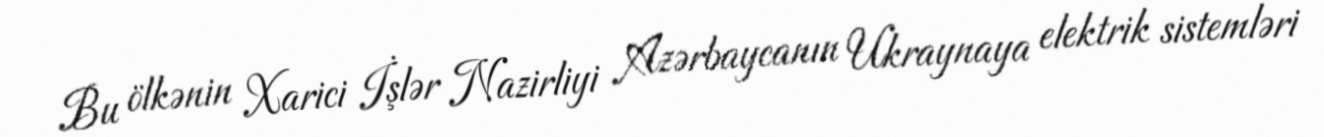
Bu ölkənin Xarici İşlər Nazirliyi Azərbaycanın Ukraynaya elektrik sistemləri